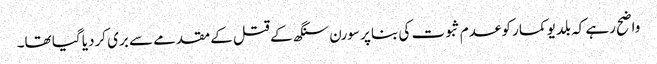
واضح رہے کہ بلدیو کمار کو عدم ثبوت کی بنا پر سورن سنگھ کے قتل کے مقدمے سے بری کردیا گیا تھا۔